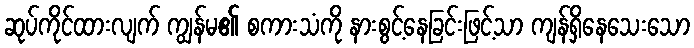
ဆုပ်ကိုင်ထားလျက် ကျွန်မ၏ စကားသံကို နားစွင့်နေခြင်းဖြင့်သာ ကျန်ရှိနေသေးသော